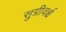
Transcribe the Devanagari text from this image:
सुग्रीवर्श्च